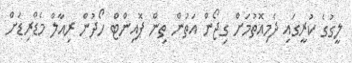
ލީގުގެ ކުރީގައި ދެމިއޮތުމަށް ގިޖޯން އަތުން ތިން ޕޮއިންޓް ހޯދުން ރިއާލް މެޑްރިޑަށް